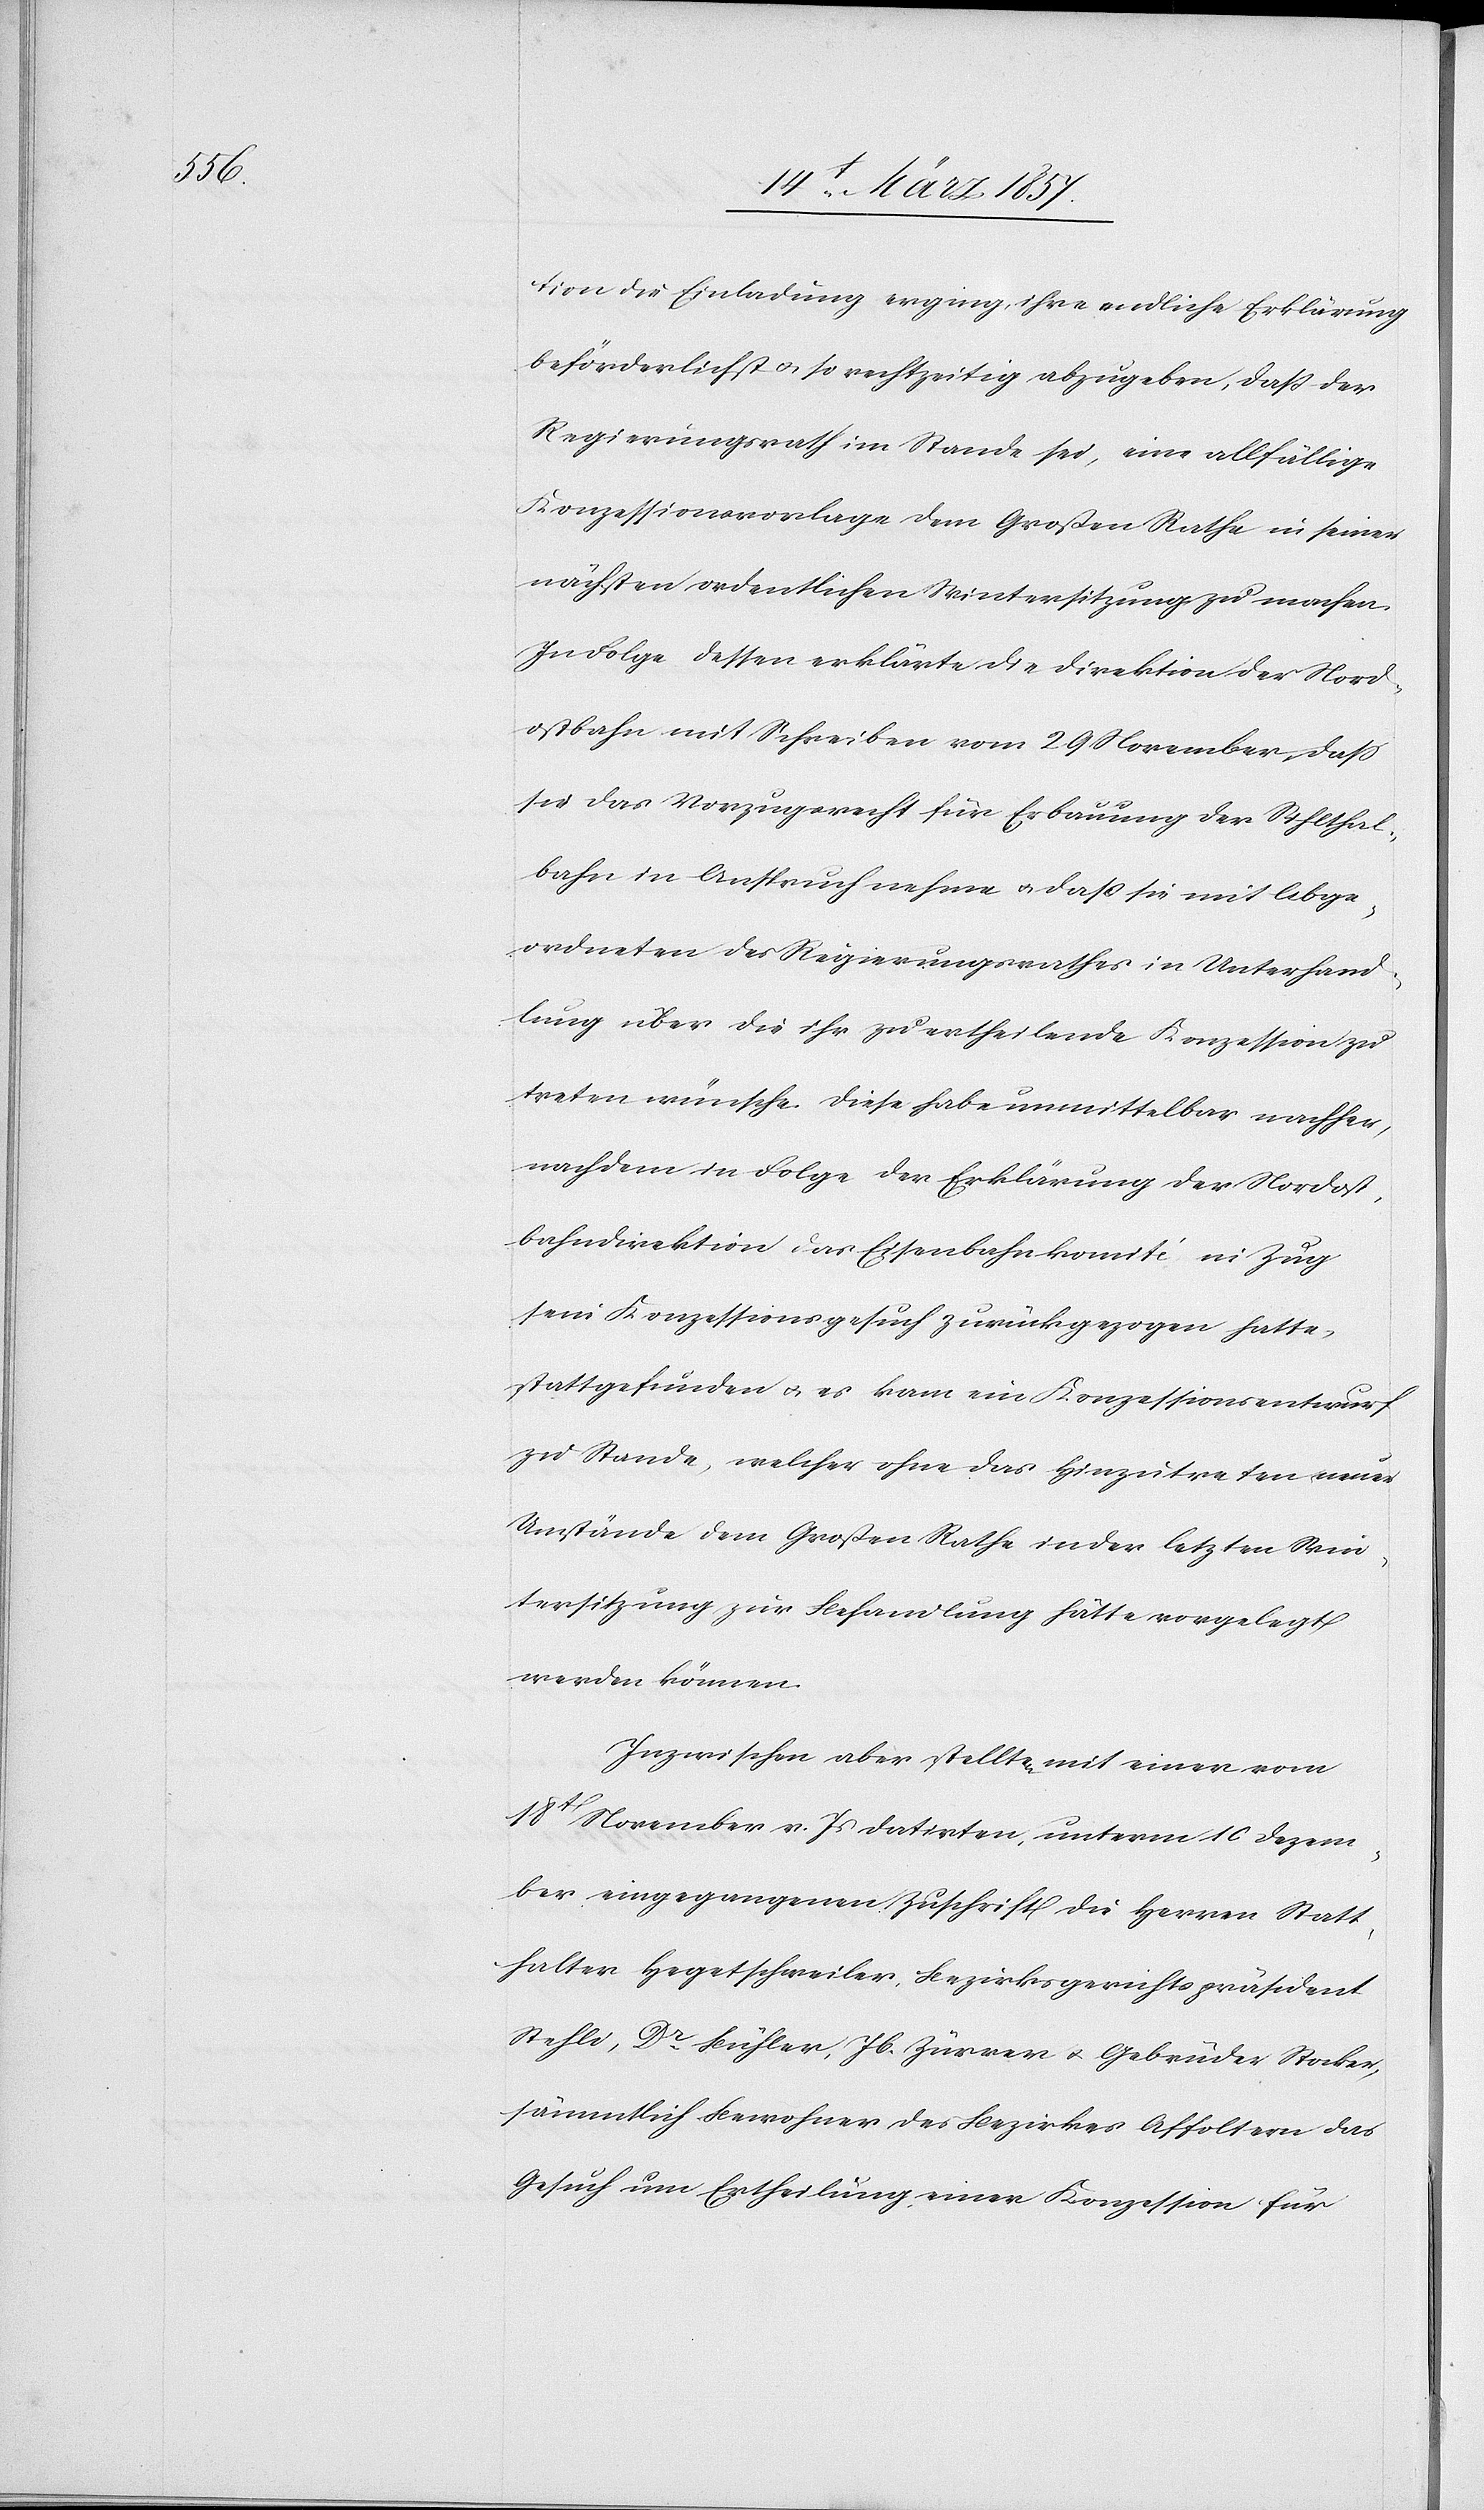
tion die Einladung erging, ihre endliche Erklärung
beförderlichst u. so rechtzeitig abzugeben, daß der
Regierungsrath im Stande sei, eine allfällige
Konzessionsvorlage dem Großen Rathe in seiner
nächsten ordentlichen Wintersitzung zu machen.
In Folge dessen erklärte die Direktion der Nord¬
ostbahn mit Schreiben vom 29 November, daß
sie das Vorzugsrecht für Erbauung der Sihlthal¬
bahn in Anspruch nehme u. daß sie mit Abge¬
ordneten des Regierungsrathes in Unterhand¬
lung über die ihr zu ertheilende Konzession zu
treten wünsche. Diese habe unmittelbar nachher,
nachdem in Folge der Erklärung der Nordost¬
bahndirektion ins Eisenbahnkomité in Zug
sein Konzessionsgesuch zurückgezogen hatte
stattgefunden u. es kam ein Konzessionsentwurf
zu Stande, welcher ohne das Hinzutreten neuer
Umstände dem Großen Rathe in der letzten Win¬
tersitzung zur Behandlung hätte vorgelegt
werden können.
Inzwischen aber stellten mit einer vom
18t November v. Js datirten, unterm 10 Dezem¬
ber eingegangenen Zuschrift die Herren Statt¬
halter Hegetschweiler, Bezirksgerichtspräsident
Stehli, Dr Bühler, Jb. Zürrer u. Gebrüder Stocker,
sämmtlich Bewohner des Bezirkes Affoltern das
Gesuch um Ertheilung einer Konzession für